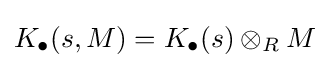
K_{\bullet }(s,M)=K_{\bullet }(s)\otimes _{R}M